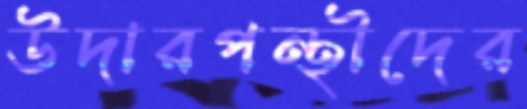
উদারপন্থীদের